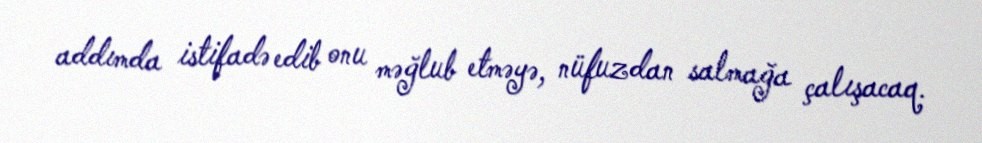
addımda istifadə edib onu məğlub etməyə, nüfuzdan salmağa çalışacaq.